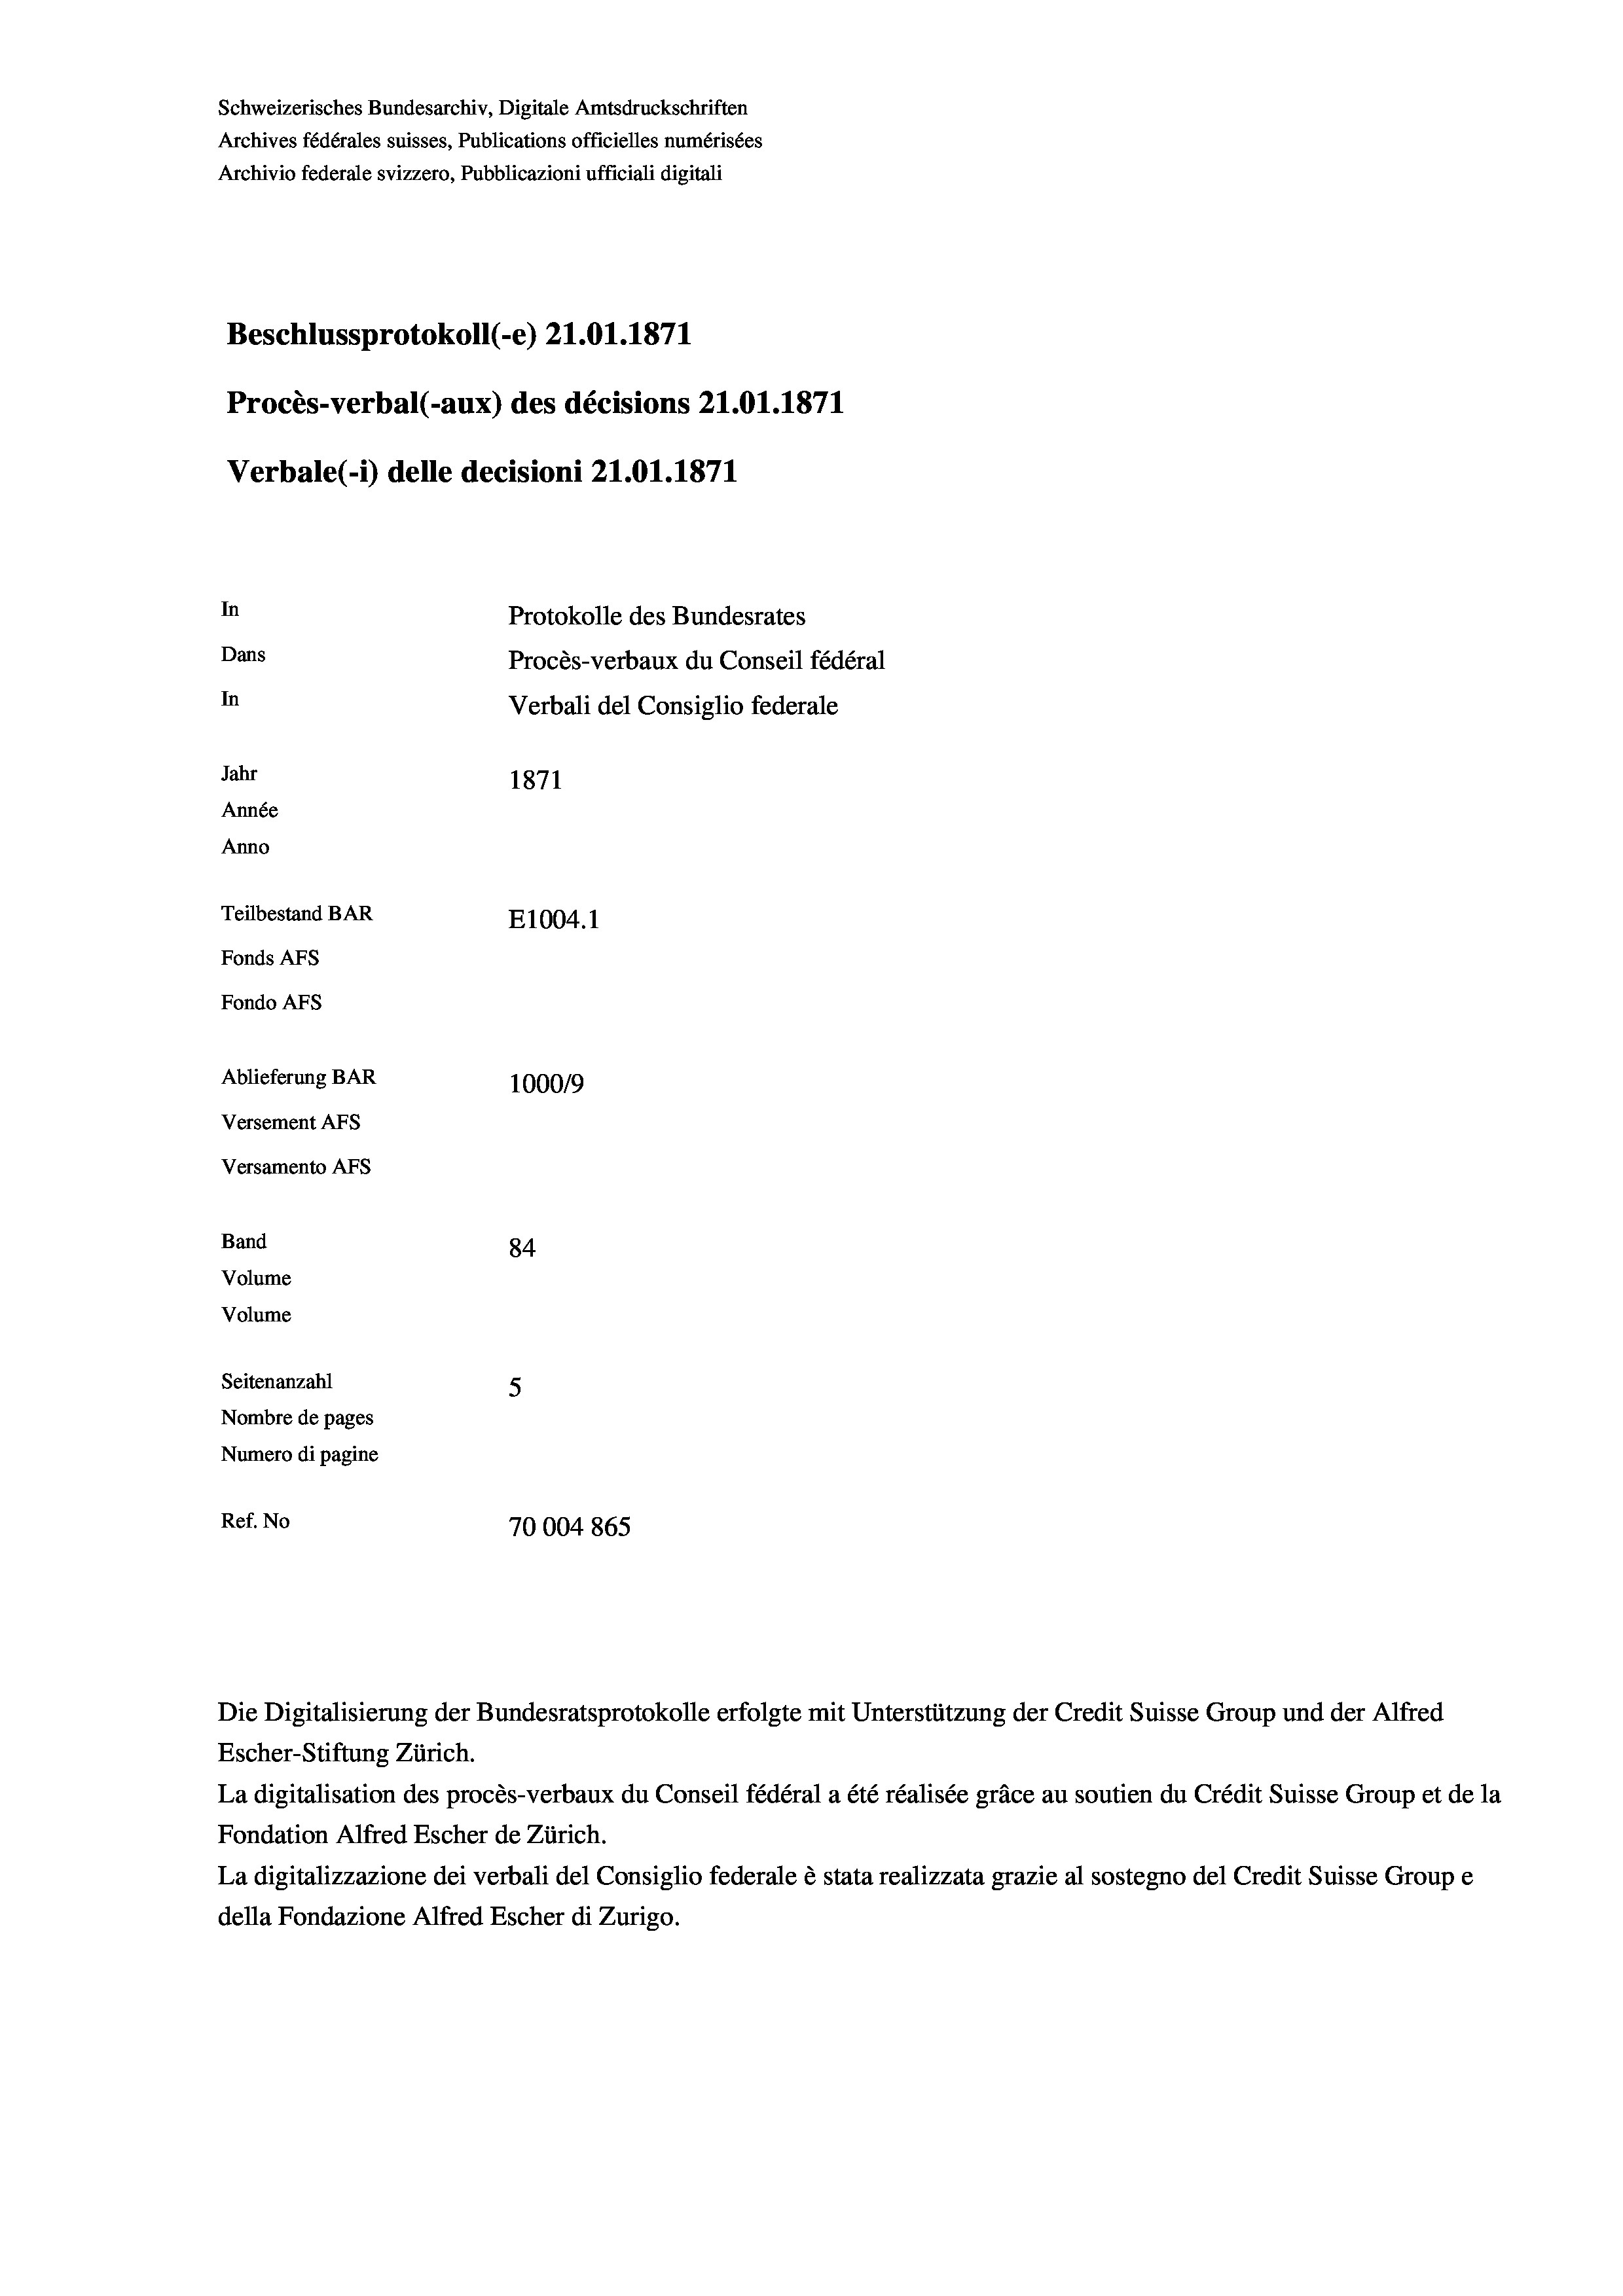
Schweizerisches Bundesarchiv, Digitale Amtsdruckschriften
Archives fédérales suisses, Publications officielles numérisées
Archivio federale svizzero, Pubblicazioni ufficiali digitali
Beschlussprotokoll (-e) 21.01. 1871
Procès-verbal (-aux) des décisions 21.01. 1871
Verbale (- 1) delle decisioni 21.01. 1871
In
Protokolle des Bundesrates
Dans
Procès-verbaux du Conseil fédéral
In
Verbali del Consiglio federale
Jahr
1871
Année
Anno
Teilbestand BAR
E1004.1
Fonds AFs
Fondo AFs
Ablieferung BAR
100019
Versement Abs
Versamento Afs
Band
84
Volume
Volume
Seitenanzahl
5
Nombre de pages
Numero di pagine
Ref. No
70004865

La digitalisation des procès-verbaux du Conseil fédéral a été réalisée gräce au soutien du Crédit Suisse Group et de la
Fondation Alfred Escher de Zürich.
La digitalizzazione dei verbali del Consiglio federale è stata realizzata grazie al sostegno del Credit Suisse Groupe
della Fondazione Alfred Escher di Zurigo.

Escher-Stiftung Zürich.

Die Digitalisierung der Bundesratsprotokolle erfolgte mit Unterstützung der Credit Suisse Group und der Alfred